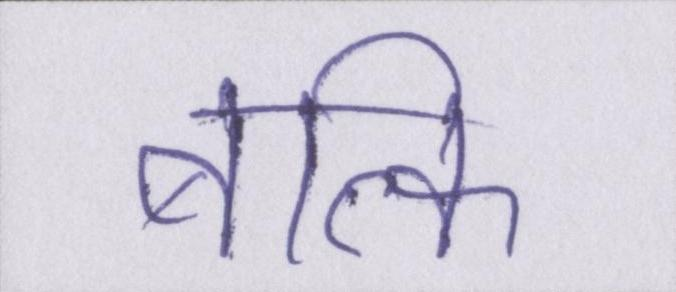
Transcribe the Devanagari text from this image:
बल्कि